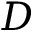
D